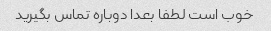
خوب است لطفا بعدا دوباره تماس بگیرید